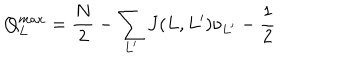
Q _ { L } ^ { m a x } = \frac { N } { 2 } - \sum _ { L ^ { \prime } } J ( L , L ^ { \prime } ) \nu _ { L ^ { \prime } } - \frac { 1 } { 2 }